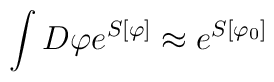
\int D\varphi e^{S[\varphi]} \approx e^{S[\varphi _0]}